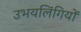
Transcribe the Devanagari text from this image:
उभयलिंगियों